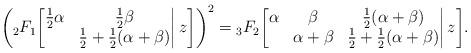
LaTeX: \begin{align*}\bigg({}_2F_1\bigg[\begin{matrix}\frac12\alpha&\frac12\beta\\&\frac12+\frac12(\alpha+\beta)\end{matrix}\bigg|\,z\bigg]\bigg)^2={}_3F_2\bigg[\begin{matrix}\alpha&\beta&\frac12(\alpha+\beta)\\&\alpha+\beta&\frac12+\frac12(\alpha+\beta)\end{matrix}\bigg|\,z\bigg].\end{align*}